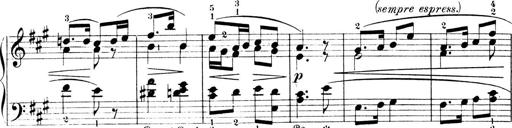
Title: 4 Sonatines
Composer: Max Reger